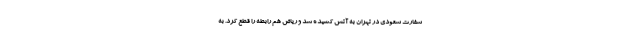
سفارت سعودی در تهران به آتش کشیده شد و ریاض هم رابطه را قطع کرد. به